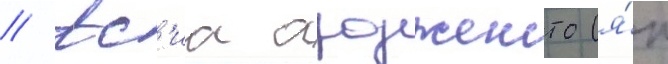
// Ас'иа ардженто (я́п